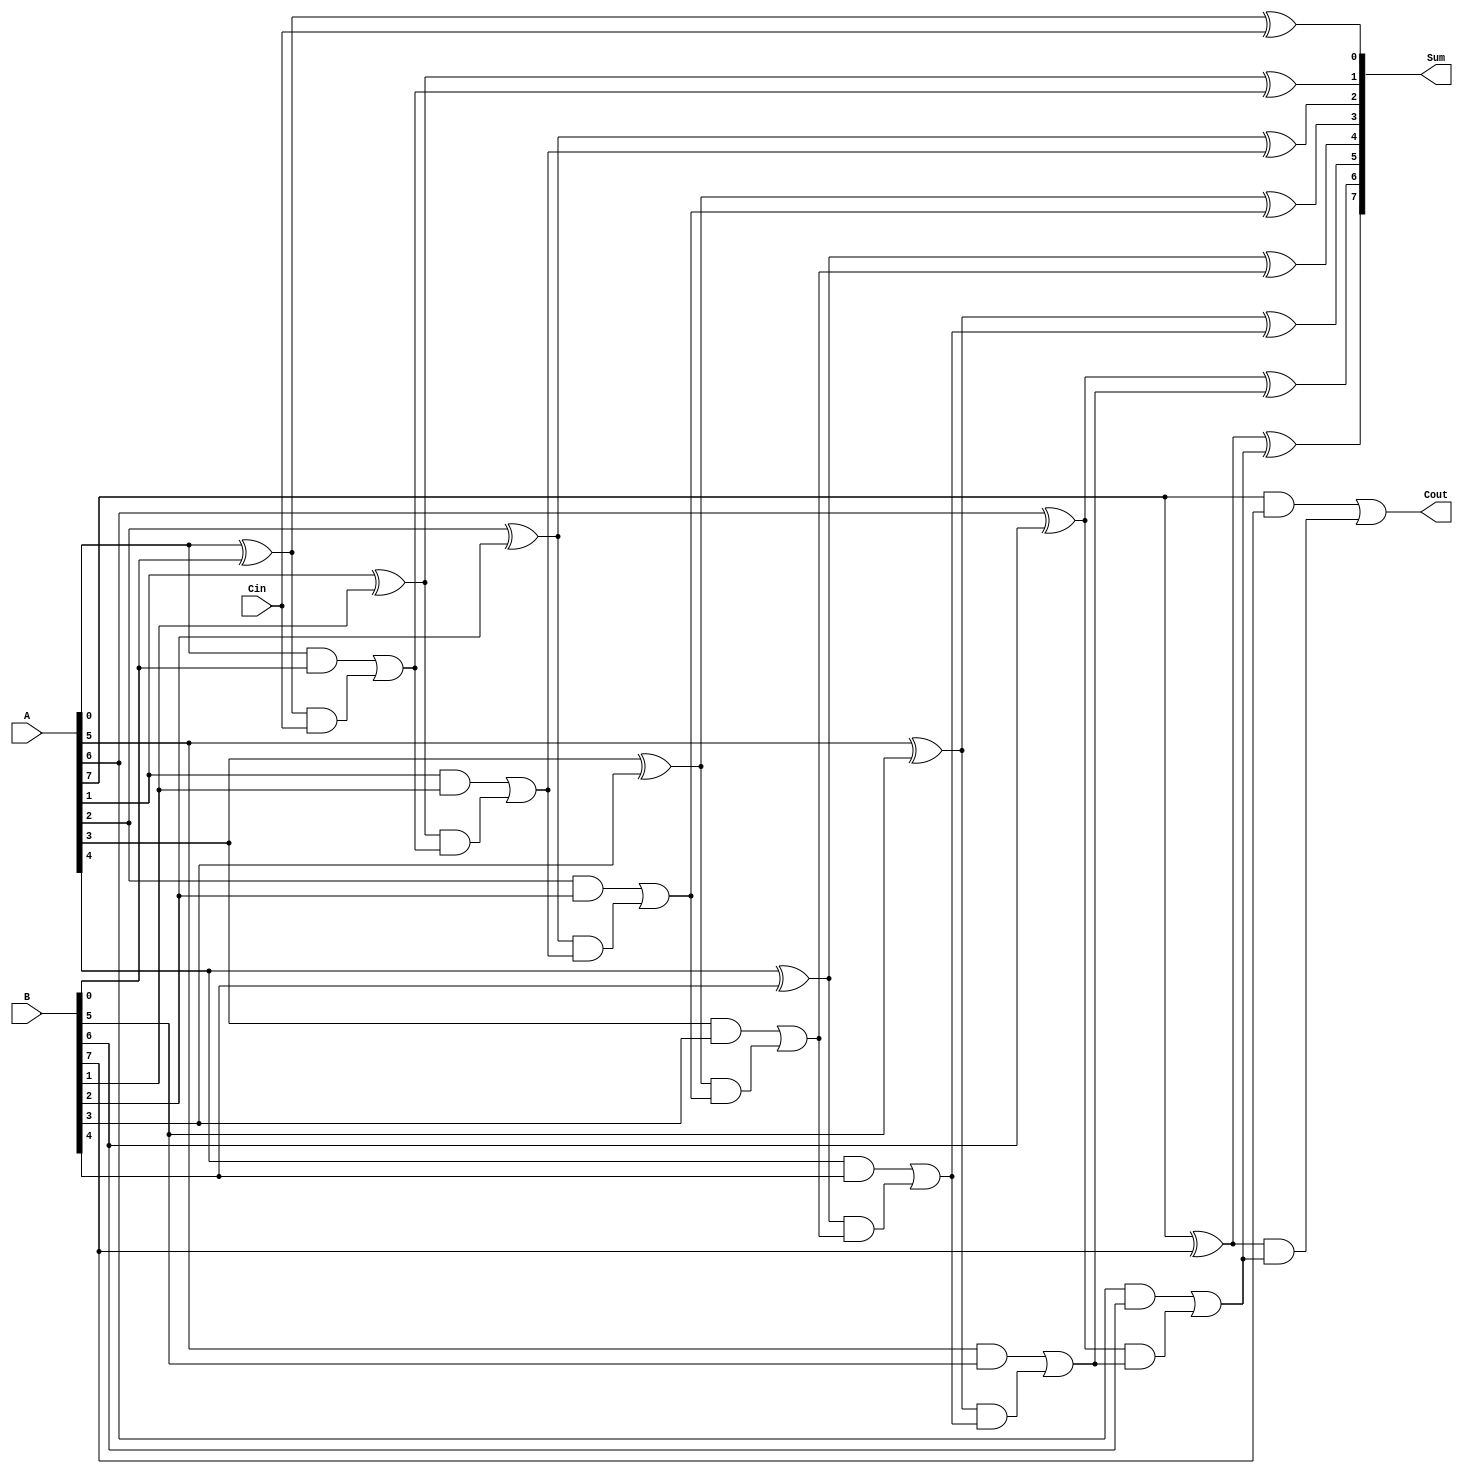
module ManchesterCarryChainAdder #(
    parameter N = 8  // Parameter for the bit-width of the inputs
)(
    input  [N-1:0] A,      // First input
    input  [N-1:0] B,      // Second input
    input         Cin,      // Carry-in
    output [N-1:0] Sum,     // Sum output
    output        Cout       // Carry-out
);

    // Generate and Propagate signals
    wire [N-1:0] G; // Generate signals
    wire [N-1:0] P; // Propagate signals
    wire [N:0] C;   // Carry signals (C[0] = Cin)

    // Assign generate and propagate signals
    genvar i;
    generate
        for (i = 0; i < N; i = i + 1) begin : gen_prop
            assign G[i] = A[i] & B[i];  // Generate
            assign P[i] = A[i] ^ B[i];  // Propagate
        end
    endgenerate

    // Carry chain calculation
    assign C[0] = Cin; // Initial carry-in
    generate
        for (i = 0; i < N; i = i + 1) begin : carry_chain
            assign C[i + 1] = G[i] | (P[i] & C[i]); // Carry calculation
        end
    endgenerate

    // Sum calculation
    generate
        for (i = 0; i < N; i = i + 1) begin : sum_calc
            assign Sum[i] = P[i] ^ C[i]; // Sum calculation
        end
    endgenerate

    // Carry-out
    assign Cout = C[N]; // Final carry-out

endmodule